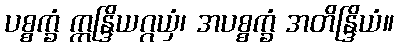
ပစ္စက္ခံ ဣန္ဒြိယဂ္ဂယှံ၊ အပစ္စက္ခံ အတိန္ဒြိယံ။